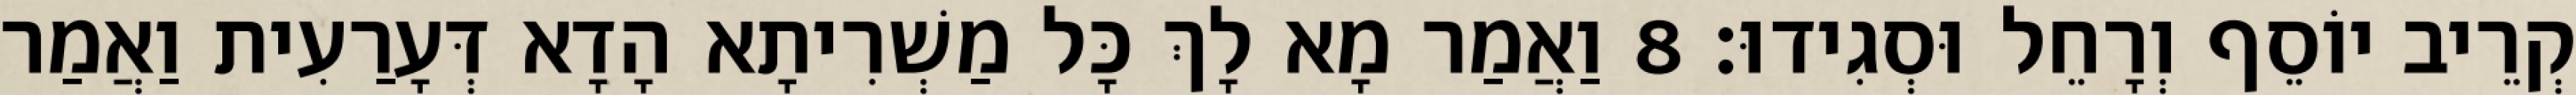
קְרֵיב יוֹסֵף וְרָחֵל וּסְגִידוּ׃ 8 וַאֲמַר מָא לָךְ כָּל מַשְׁרִיתָא הָדָא דְּעָרַעִית וַאֲמַר